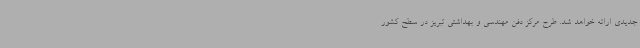
جدیدی ارائه خواهد شد. طرح مرکز دفن مهندسی و بهداشتی تبریز در سطح کشور